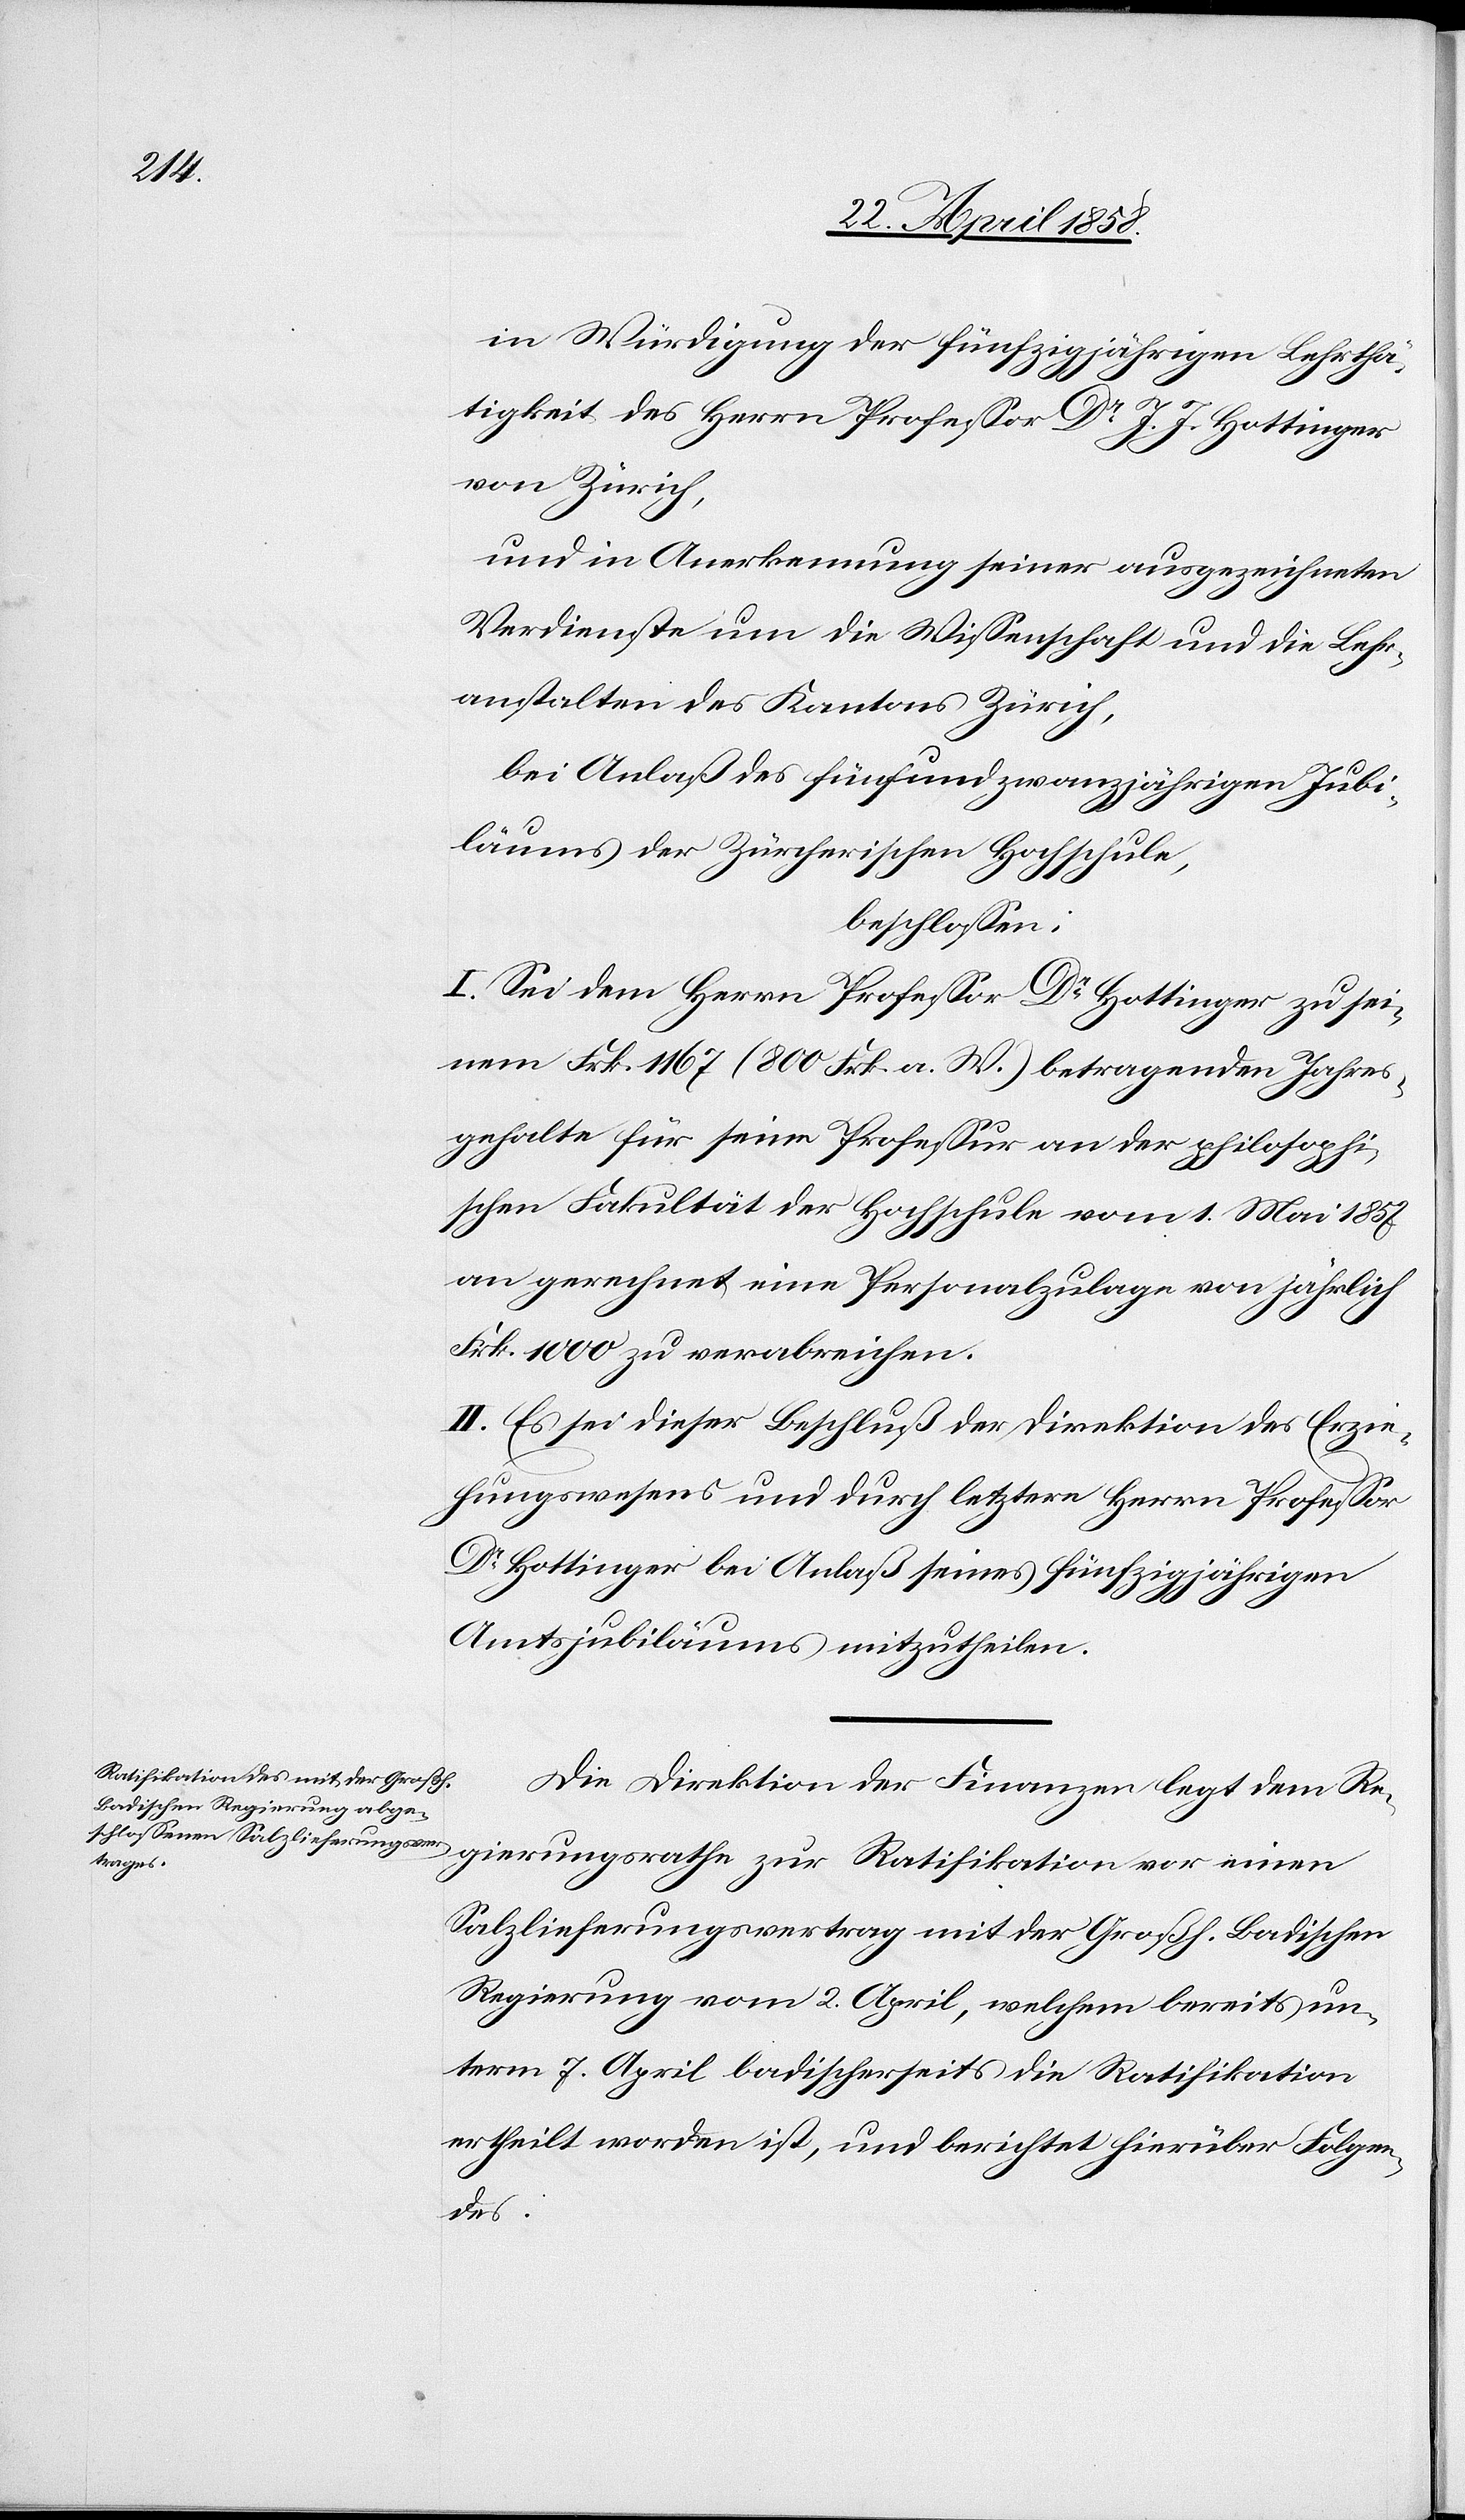
in Würdigung der fünfzigjährigen Lehrthä¬
tigkeit des Herrn Professor Dr J. J. Hottinger
von Zürich,
und in Anerkennung seiner ausgezeichneten
Verdienste um die Wissenschaft und die Lehr¬
anstalten des Kantons Zürich,
bei Anlaß des fünfundzwanzigjährigen Jubi¬
läums der Zürcherischen Hochschule,
beschlossen:
I. Sei dem Herrn Professor Dr Hottinger zu sei¬
nem Frk. 1167 (800 Frk. a. W.) betragenden Jahres¬
gehalte für seine Professur an der philosophi¬
schen Fakultät der Hochschule vom 1. Mai 1857
an gerechnet eine Personalzulage von jährlich
Frk. 1000 zu verabreichen.
II. Es sei dieser Beschluß der Direktion des Erzie¬
hungswesens und durch letztere Herrn Professor
Dr Hottinger bei Anlaß seines fünfzigjährigen
Amtsjubiläums mitzutheilen.
Die Direktion der Finanzen legt dem Re¬
gierungsrathe zur Ratifikation vor einen
Salzlieferungsvertrag mit der Großh. Badischen
Regierung vom 2. April, welchem bereits un¬
term 7. April badischerseits die Ratifikation
ertheilt worden ist, und berichtet hierüber Folgen¬
des.